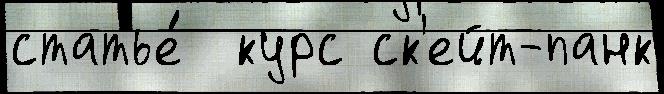
статье́  курс ск'ейт-панк